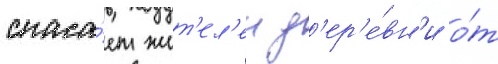
спаса́ет жит'ел'еи д'ер'е́вн'и о́т